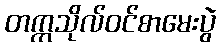
တက္ကသိုလ်ဝင်စာမေးပွဲ